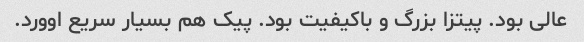
عالی بود. پیتزا بزرگ و باکیفیت بود. پیک هم بسیار سریع اوورد.